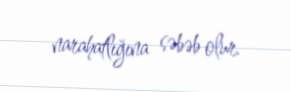
narahatlığına səbəb olur.